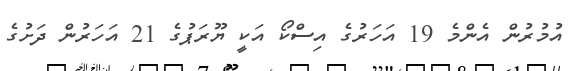
އުމުރުން އެންމެ 19 އަހަރުގެ އިސްކޯ އަކީ ޔޫރަޕުގެ 21 އަހަރުން ދަށުގެ